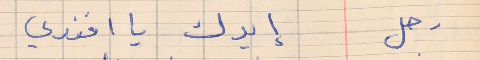
رجل    إيدك يا افندي